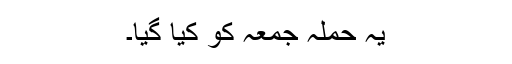
یہ حملہ جمعہ کو کیا گیا۔